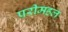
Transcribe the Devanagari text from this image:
परीमहल